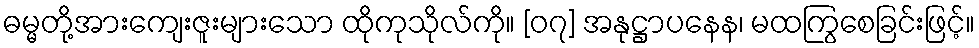
ဓမ္မတို့အားကျေးဇူးများသော ထိုကုသိုလ်ကို။ [၀၇] အနုဋ္ဌာပနေန၊ မထကြွစေခြင်းဖြင့်။